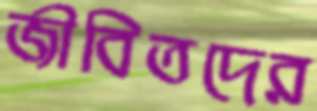
জীবিতদের